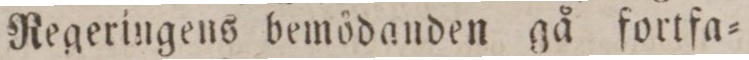
Regeringens bemödanden gå fortfa=